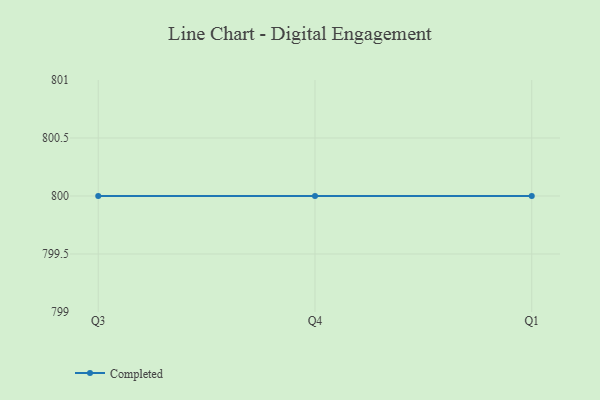
{"axis": {"x": "Quarter", "y": "Revenue (USD Million)"}, "legend": ["Completed"], "data": [{"x": "Q3", "y": 800, "type": "Completed"}, {"x": "Q4", "y": 800, "type": "Completed"}, {"x": "Q1", "y": 800, "type": "Completed"}]}